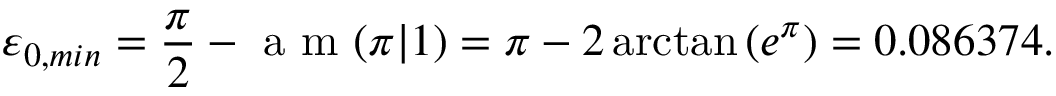
\varepsilon _ { 0 , m i n } = \frac { \pi } { 2 } - \mathrm { ~ a ~ m ~ } ( \pi | 1 ) = \pi - 2 \arctan \left( e ^ { \pi } \right) = 0 . 0 8 6 3 7 4 .